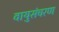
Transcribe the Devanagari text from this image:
वायुसंचरण